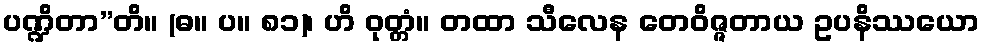
ပဏ္ဍိတာ”တိ။ (ဓ။ ပ။ ၈၁)၊ ဟိ ဝုတ္တံ။ တထာ သီလေန တေဝိဇ္ဇတာယ ဥပနိဿယော